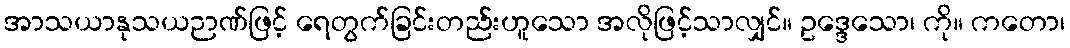
အာသယာနုသယဉာဏ်ဖြင့် ရေတွက်ခြင်းတည်းဟူသော အလိုဖြင့်သာလျှင်။ ဥဒ္ဒေသော၊ ကို။ ကတော၊